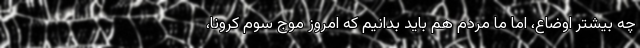
چه بیشتر اوضاع، اما ما مردم هم باید بدانیم که امروز موج سوم کرونا،